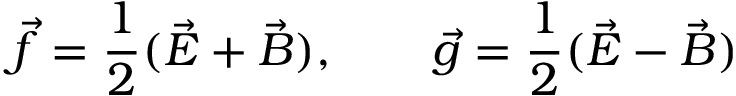
\vec { f } = \frac { 1 } { 2 } ( \vec { E } + \vec { B } ) , ~ ~ ~ ~ ~ ~ \vec { g } = \frac { 1 } { 2 } ( \vec { E } - \vec { B } )